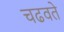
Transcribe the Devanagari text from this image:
चढवते